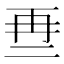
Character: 𱎒